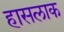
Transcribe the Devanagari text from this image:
हासलाक